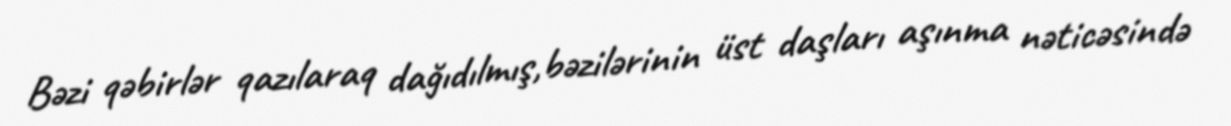
Bəzi qəbirlər qazılaraq dağıdılmış,bəzilərinin üst daşları aşınma nəticəsində